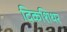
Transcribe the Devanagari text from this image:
दिकशिथर